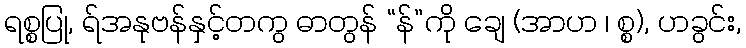
ရစ္စပြု, ရ်အနုဗန်နှင့်တကွ ဓာတွန် “န်”ကို ချေ (အာဟ ၊ စ္စ), ဟခွင်း,